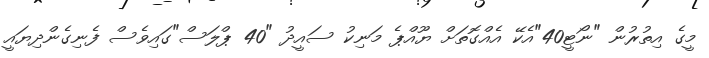
މީގެ އިތުރުން "ނޯޓީ40"އެކޭ އެއްގޮތަށް ޔޫއްޕެ މަނިކު ސައީދު "40 ޕްލަސް"ގައިވެސް ފެނިގެންދިޔައީ